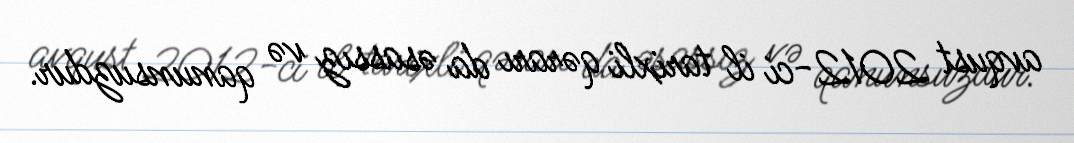
avqust 2012-ci il tarixli qərarı da əsassız və qanunsuzdur.